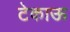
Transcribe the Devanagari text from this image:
टेकाऊ